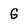
Character: G